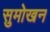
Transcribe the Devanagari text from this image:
सुमोखन